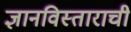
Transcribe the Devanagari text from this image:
ज्ञानविस्ताराची